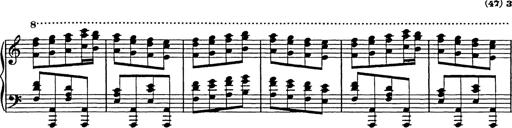
Title: Galop in A minor
Composer: Franz Liszt
Key: A minor